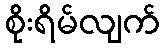
စိုးရိမ်လျက်